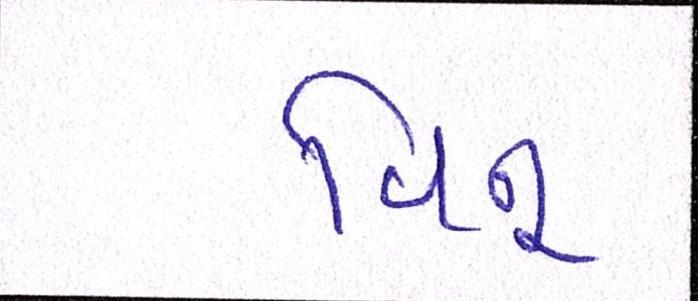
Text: વિનુ